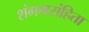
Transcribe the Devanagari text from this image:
शंगमसंहिता